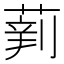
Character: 𱾉